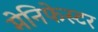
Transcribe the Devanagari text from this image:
मेनिफेस्टर